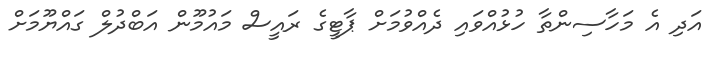
އަދި އެ މަހާސިންތާ ހުޅުއްވައި ދެއްވުމަށް ޕާޓީގެ ރައީސް މައުމޫން އަބްދުލް ގައްޔޫމަށް